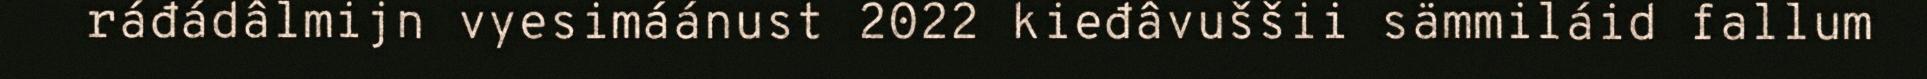
ráđádâlmijn vyesimáánust 2022 kieđâvuššii sämmiláid fallum